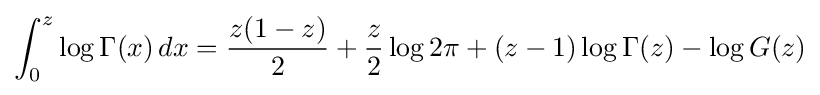
\int _{0}^{z}\log \Gamma (x)\,dx={\frac {z(1-z)}{2}}+{\frac {z}{2}}\log 2\pi +(z-1)\log \Gamma (z)-\log G(z)